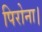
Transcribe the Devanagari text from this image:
पिरोना।